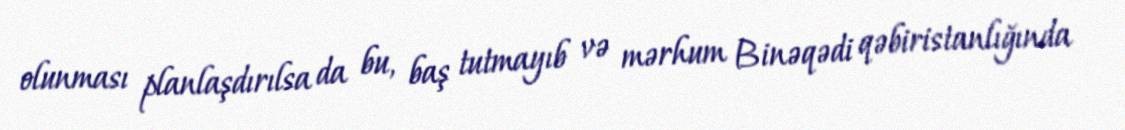
olunması planlaşdırılsa da bu, baş tutmayıb və mərhum Binəqədi qəbiristanlığında